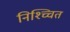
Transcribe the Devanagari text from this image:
निश्च्चित